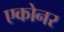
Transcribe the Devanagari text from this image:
एकोनर